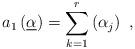
LaTeX: \begin{align*}a_{1}\left( \underline{\alpha }\right) =\sum_{k=1}^{r}\left( \alpha_{j}\right) ~, \end{align*}